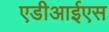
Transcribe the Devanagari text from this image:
एडीआईएस